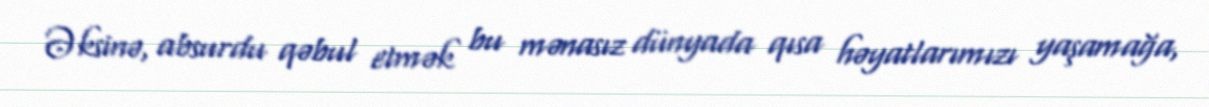
Əksinə, absurdu qəbul etmək bu mənasız dünyada qısa həyatlarımızı yaşamağa,